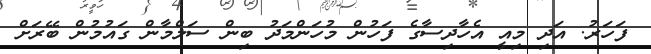
ފަހަރު. އަދި މިއީ އެހާދިސާގެ ފަހުން މުހަންމަދު ބިން ސަލްމާން ގައުމުން ބޭރަށް